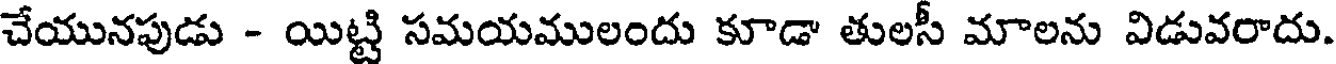
చేయునపుడు - యిట్టి సమయములందు కూడా తులసీ మాలను విడువరాదు.